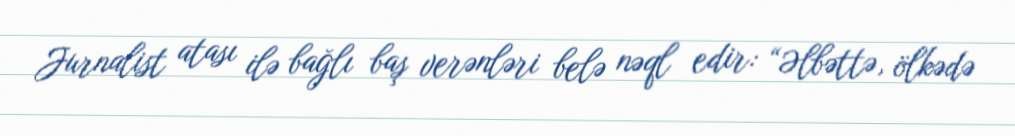
Jurnalist atası ilə bağlı baş verənləri belə nəql edir: “Əlbəttə, ölkədə